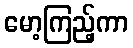
မော့ကြည့်ကာ